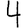
Digit: 4